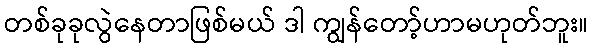
တစ်ခုခုလွဲနေတာဖြစ်မယ် ဒါ ကျွန်တော့်ဟာမဟုတ်ဘူး။